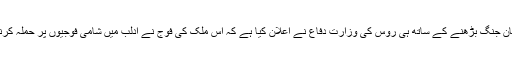
ترکی اور شام کی فوجوں کے درمیان جنگ بڑھنے کے ساتھ ہی روس کی وزارت دفاع نے اعلان کیا ہے کہ اس ملک کی فوج نے ادلب میں شامی فوجیوں پر حملہ کرنے والوں کو پیچھے دھکیل دیا ہے۔